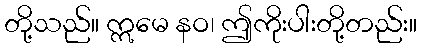
တို့သည်။ ဣမေ နဝ၊ ဤကိုးပါးတို့တည်း။